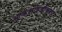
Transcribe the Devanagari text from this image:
आक्साइडीकरण